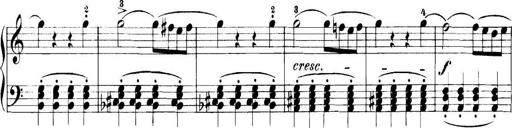
Title: 11 Sonatinas
Composer: Anton Diabelli